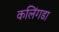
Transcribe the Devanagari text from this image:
कलिंगडा